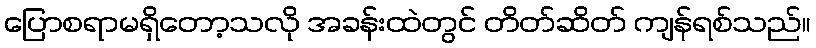
ပြောစရာမရှိတော့သလို အခန်းထဲတွင် တိတ်ဆိတ် ကျန်ရစ်သည်။